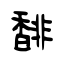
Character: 馡